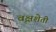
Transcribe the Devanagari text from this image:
वृक्षशेती